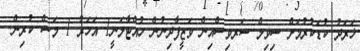
ޚަރަދު ކުޑަކުރުމަށް ސިވިލް ސަރވިސްއިން ވަޒީފާދިނުން ހުއްޓާލަނީ1 އަހަރު 1 މަސް ކުރިން.